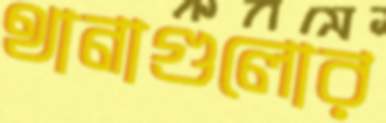
থানাগুলোর